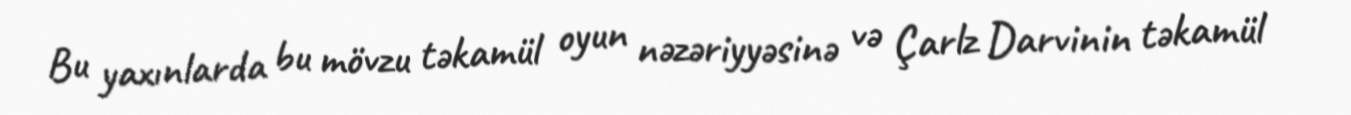
Bu yaxınlarda bu mövzu təkamül oyun nəzəriyyəsinə və Çarlz Darvinin təkamül